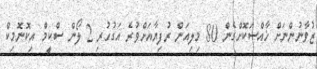
ޒުވާނުންނަށް ޚާއްސަކޮށްގެން 80 މިލިއަން ރުފިޔާއަށްވުރެ އަގުހުރި 2 ލޯން ސްކީމް އިކޮނޮމިކް